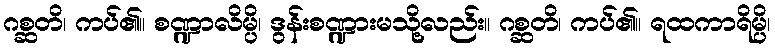
ဂစ္ဆတိ၊ ကပ်၏။ စဏ္ဍာလိမ္ပိ၊ ဒွန်းစဏ္ဍားမသို့လည်း။ ဂစ္ဆတိ၊ ကပ်၏။ ရထကာရိမ္ပိ၊